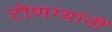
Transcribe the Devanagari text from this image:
टोणग्यांनीं